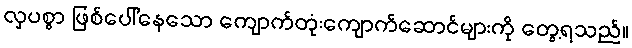
လှပစွာ ဖြစ်ပေါ်နေသော ကျောက်တုံးကျောက်ဆောင်များကို တွေ့ရသည်။